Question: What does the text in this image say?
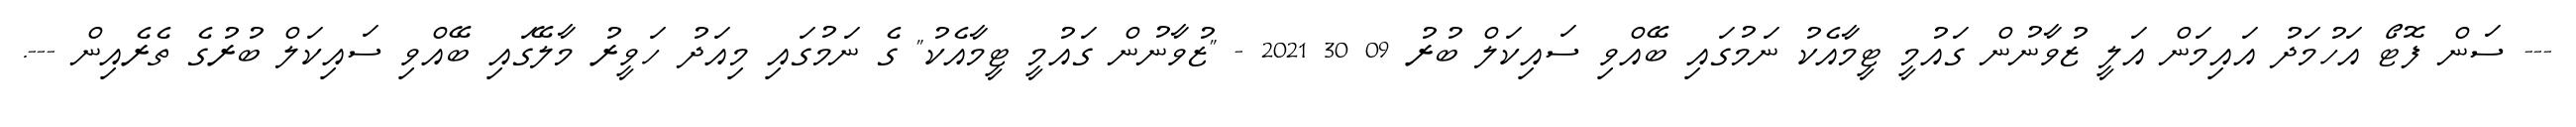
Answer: --- ސަން ފޮޓޯ އަހުމަދު އައިމަން އަލީ ޒުވާނުން ގައުމީ ޓީމާއެކު ނަމުގައި ބޭއްވި ސައިކަލް ބުރު 09 30 2021 - "ޒުވާނުން ގައުމީ ޓީމާއެކު" ގެ ނަމުގައި މިއަދު ހަވީރު މާލޭގައި ބޭއްވި ސައިކަލް ބުރުގެ ތެރެއިން ---.